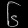
Digit: ၆